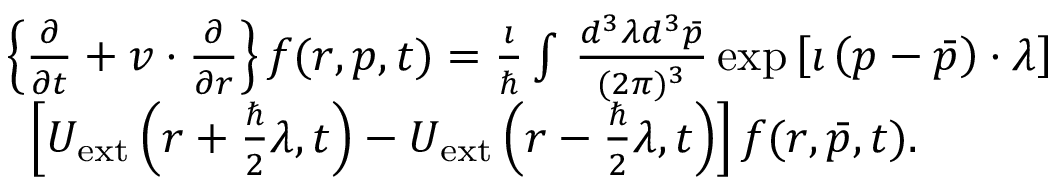
\begin{array} { r l } & { \left\{ \frac { \partial } { \partial { t } } + \boldsymbol { v } \cdot \frac { \partial } { \partial \boldsymbol { r } } \right\} f ( \boldsymbol { r } , \boldsymbol { p } , t ) = \frac { \imath } { \hbar } \int \, \frac { d ^ { 3 } \lambda { d } ^ { 3 } \bar { p } } { ( 2 \pi ) ^ { 3 } } \exp { \left[ \imath \left( \boldsymbol { p } - \boldsymbol { \bar { p } } \right) \cdot \boldsymbol { \lambda } \right] } } \\ & { \, \, \, \left[ U _ { \mathrm { e x t } } \left( \boldsymbol { r } + \frac { \hbar } { 2 } \boldsymbol { \lambda } , t \right) - U _ { \mathrm { e x t } } \left( \boldsymbol { r } - \frac { \hbar } { 2 } \boldsymbol { \lambda } , t \right) \right] f ( \boldsymbol { r } , \boldsymbol { \bar { p } } , t ) . } \end{array}